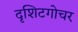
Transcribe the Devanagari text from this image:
दृशिटगोचर